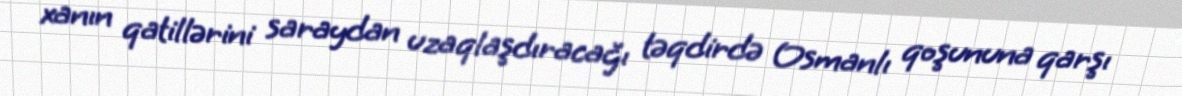
xanın qatillərini saraydan uzaqlaşdıracağı təqdirdə Osmanlı qoşununa qarşı